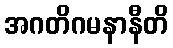
အဂတိဂမနာနီတိ